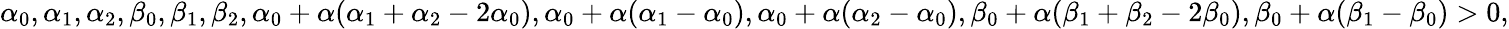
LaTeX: \alpha_{0},\alpha_{1},\alpha_{2},\beta_{0},\beta_{1},\beta_{2},\alpha_{0}+\alpha(\alpha_{1}+\alpha_{2}-2\alpha_{0}),\alpha_{0}+\alpha(\alpha_{1}-\alpha_{0}),\alpha_{0}+\alpha(\alpha_{2}-\alpha_{0}),\beta_{0}+\alpha(\beta_{1}+\beta_{2}-2\beta_{0}),\beta_{0}+\alpha(\beta_{1}-\beta_{0})>0,